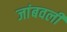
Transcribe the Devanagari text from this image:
जांबवली